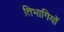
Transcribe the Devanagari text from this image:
तिभागियों